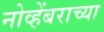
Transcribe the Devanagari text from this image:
नोव्हेंबराच्या